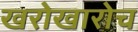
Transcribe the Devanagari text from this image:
खरोखारोच